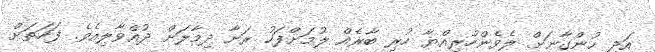
އަދި ހުންގާނަށް ލެވެންހުރިއްޔާ ހުރި ބާރެއް ލުމަށްފަހު ރަށާ ދިމާލަށް ދުއްވާލިއެވެ. ފަހަތަށް